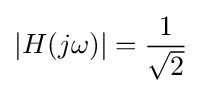
|H(j\omega )|={\frac {1}{\sqrt {2}}}